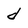
Character: d